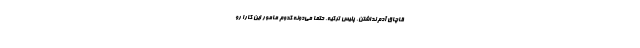
قاچاق آدم نداشتن. پليس تركيه، حتما مي‌دونه كدوم مامور اين كارا رو